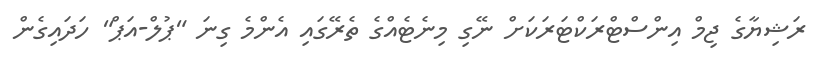
ރަޝިޔާގެ ޖިމް އިންސްޓްރަކްޓަރަކަށް ނޭގި މިނެޓެއްގެ ތެރޭގައި އެންމެ ގިނަ "ޕުލް-އަޕް" ހަދައިގެން